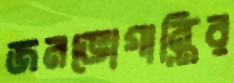
জনভোগান্তির